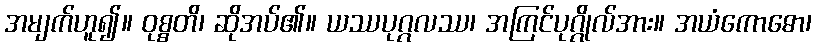
အမျက်ဟူ၍။ ဝုစ္စတိ၊ ဆိုအပ်၏။ ယဿပုဂ္ဂလဿ၊ အကြင်ပုဂ္ဂိုလ်အား။ အယံကောဓော၊